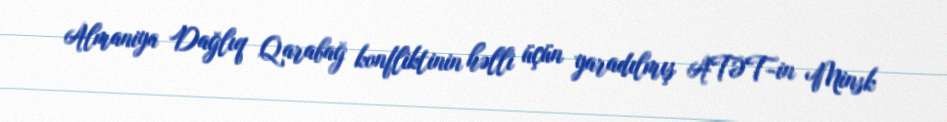
Almaniya Dağlıq Qarabağ konfliktinin həlli üçün yaradılmış ATƏT-in Minsk